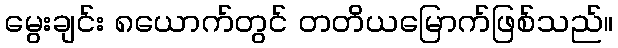
မွေးချင်း ၈ယောက်တွင် တတိယမြောက်ဖြစ်သည်။